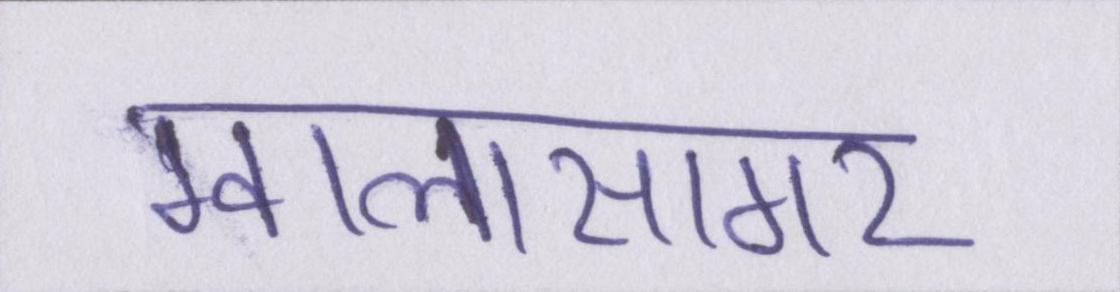
ग्वालासागर